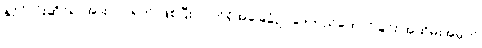
နိုင်ငံလုံးဆိုင်ရာအားလပ်ရက် ဖြစ်ပြီး လက်ရှိအခြေခံဥပဒေတည်ထောင်ခြင်း အထိမ်းအမှတ်